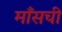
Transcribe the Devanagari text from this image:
माँसची